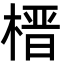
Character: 榗